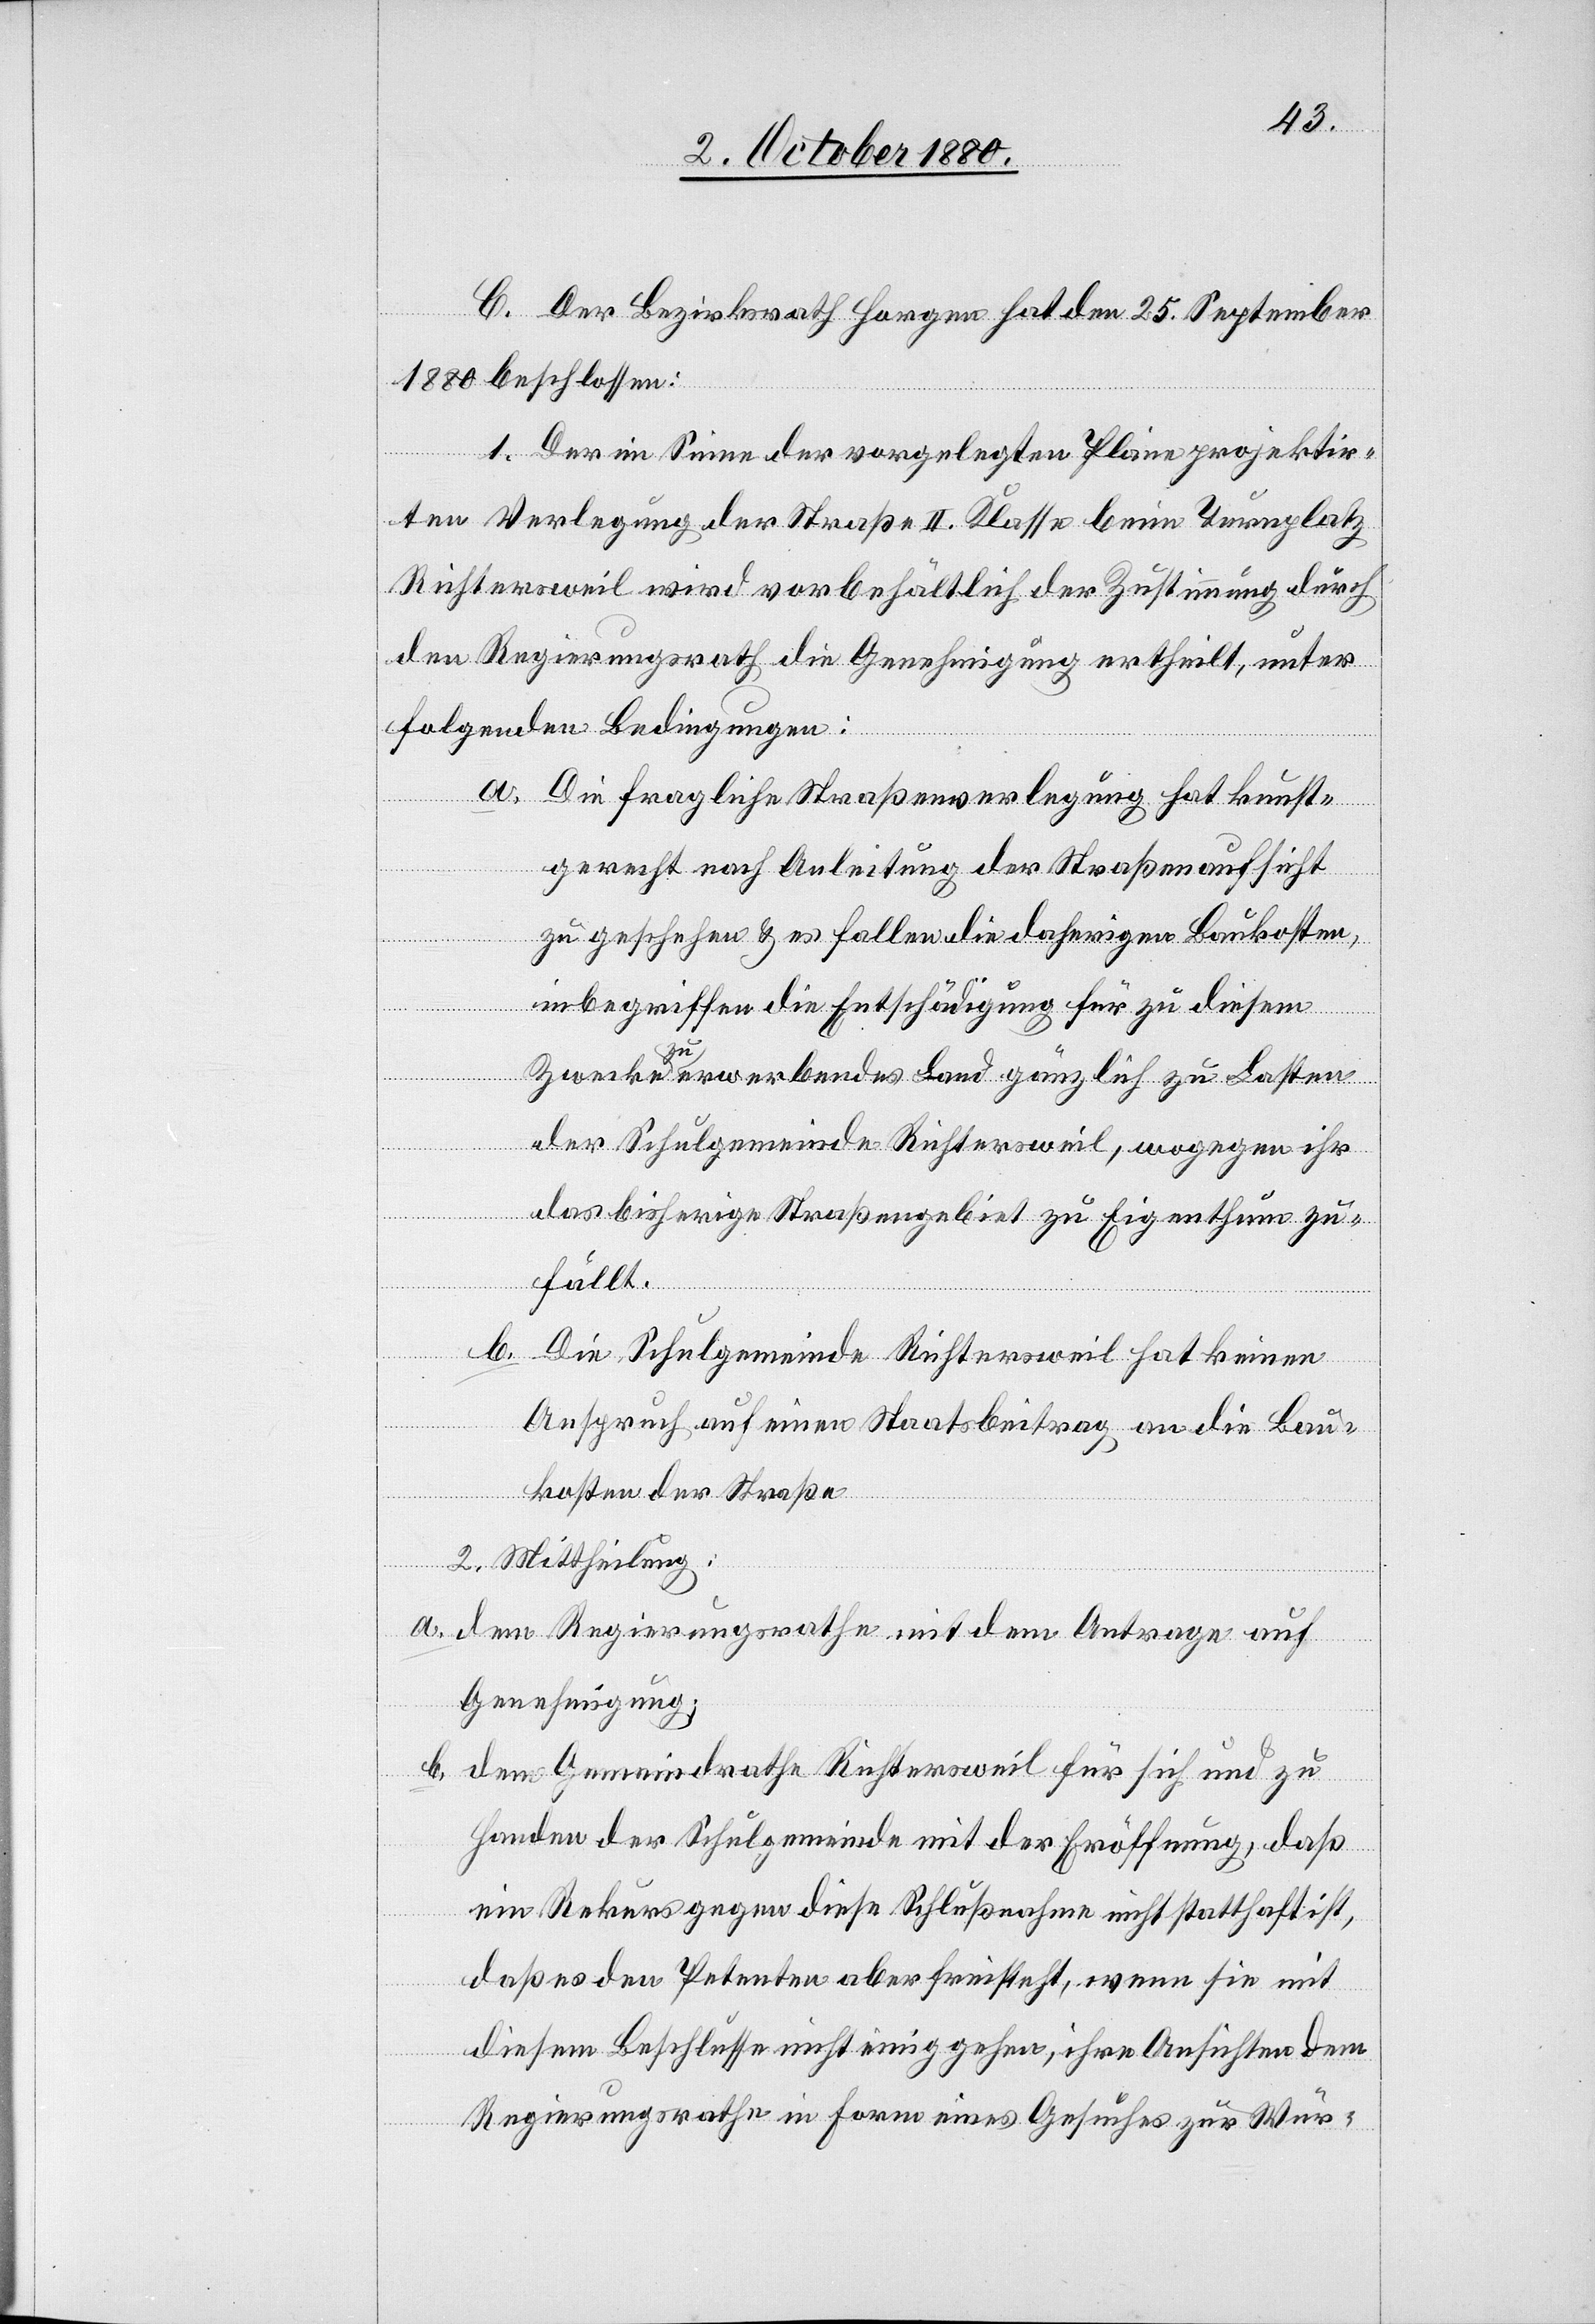
C. Der Bezirksrath Horgen hat den 25. September
1880 beschlossen:
1. Der im Sinne der vorgelegten Pläne projektir¬
ten Verlegung der Straße II. Klasse beim Turnplatz
Richterweil wird vorbehältlich der Zustimmung durch
den Regierungsrath die Genehmigung ertheilt, unter
folgenden Bedingungen:
a. Die fragliche Straßenverlegung hat kunst¬
gerecht nach Anleitung der Straßenaufsicht
zu geschehen & es fallen die daherigen Baukosten,
inbegriffen die Entschädigung für zu diesem
Zwecke zu erwerbendes Land gänzlich zu Lasten
der Schulgemeinde Richtersweil, wogegen ihr
das bisherige Straßengebiet zu Eigenthum zu¬
fällt.
b. Die Schulgemeinde Richtersweil hat keinen
Anspruch auf einen Staatsbeitrag an die Bau¬
kosten der Straße.
2. Mittheilung:
a. dem Regierungsrathe mit dem Antrage auf
Genehmigung;
b. dem Gemeindrathe Richtersweil für sich und zu
Handen der Schulgemeinde mit der Eröffnung, daß
ein Rekurs gegen diese Schlußnahme nicht statthaft ist,
daß es den Petenten aber freisteht, wenn sie mit
diesem Beschlusse nicht einiggehen, ihre Ansichten dem
Regierungsrathe in Form eines Gesuches zur Wür-